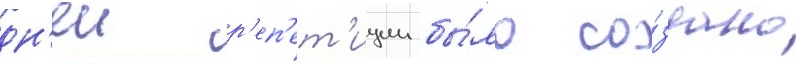
дн'еи р'еп'ет'иции бы́ло со́здано